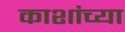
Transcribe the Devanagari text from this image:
काशांच्या